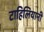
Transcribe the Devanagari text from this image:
टाहिलियानी